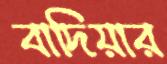
বাদিয়ার